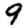
Digit: 9